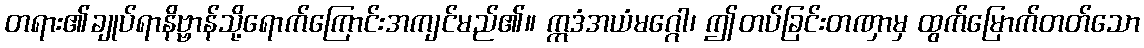
တရား၏ချုပ်ရာနိဗ္ဗာန်သို့ရောက်ကြောင်းအကျင်မည်၏။ ဣဒံအယံမဂ္ဂေါ၊ ဤတပ်ခြင်းတဏှာမှ ထွက်မြောက်တတ်သော